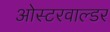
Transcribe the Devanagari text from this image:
ओस्टरवाल्डर